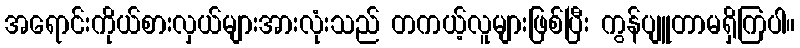
အရောင်းကိုယ်စားလှယ်များအားလုံးသည် တကယ့်လူများဖြစ်ပြီး ကွန်ပျူတာမရှိကြပါ။